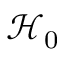
\mathcal { H } _ { 0 }